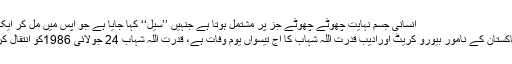
انسانی جسم نہایت چھوٹے چھوٹے جز پر مشتمل ہوتا ہے جنہیں ’’سیل‘‘ کہا جایا ہے جو آپس میں مل کر ایک نظام […]
اسلام آباد: پاکستان کے نامور بیورو کریٹ اورادیب قدرت اللہ شہاب کا آج تیسواں یومِ وفات ہے، قدرت اللہ شہاب 24 جولائی 1986کو انتقال کرگئے تھے۔